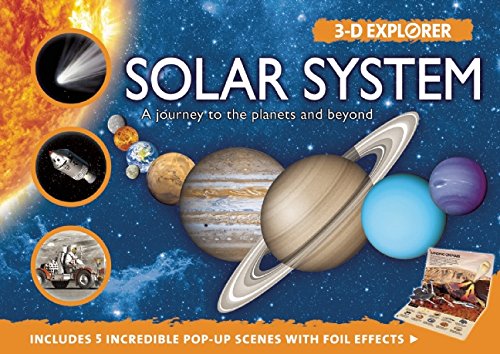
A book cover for Solar System: A Journey to the Planets and Beyond (3-D Explorer); Ian Graham; Science & Math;